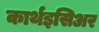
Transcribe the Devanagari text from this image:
कार्थइसिअर